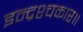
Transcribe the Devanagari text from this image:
इन्द्रश्चकार॥